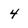
Character: 4